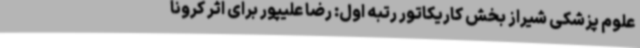
علوم پزشکی شیراز بخش کاریکاتور رتبه اول: رضا علیپور برای اثر کرونا